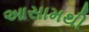
આસામથી